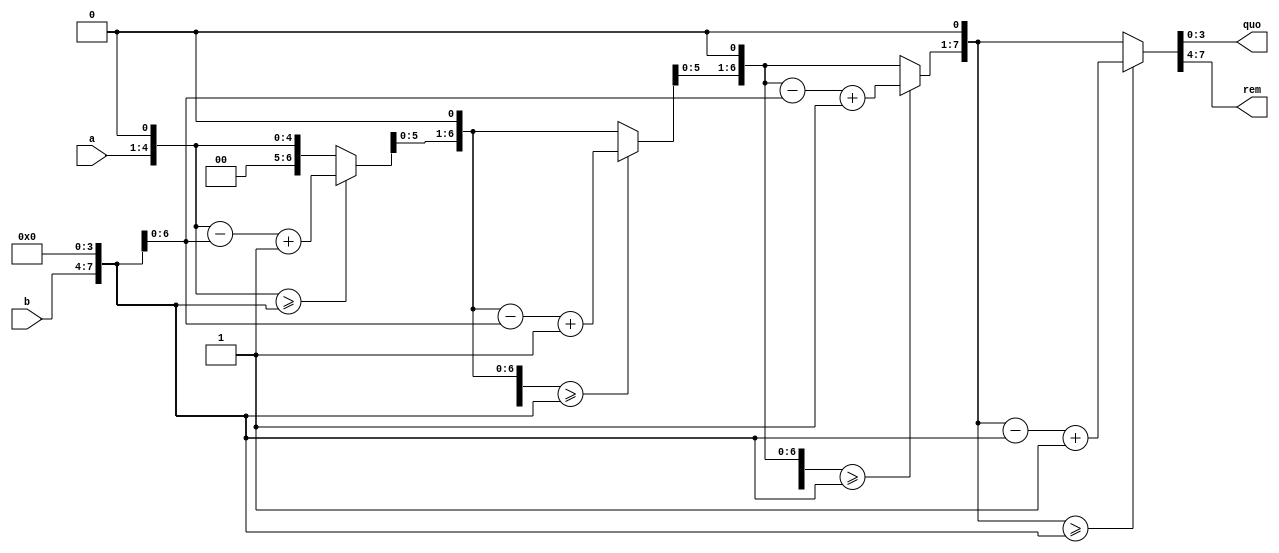
//////////////////////////////////////////////////////////////////////////////////
// Company: 
// 
// Design Name: 
// Module Name: 
// Project Name: 
// Target Devices: EP4CE6F17C8
// Tool Versions: Quartus Prime 18.1
// Description: 
// 
//
// Dependencies: 
// 
// Revision:                       
// Revision 0.01 - File Created by Zping
// Additional Comments:
// 
//////////////////////////////////////////////////////////////////////////////////
module div_rill (
    input   wire [3:0] a,
    input   wire [3:0] b,
    output  wire [3:0] quo,//quotient
    output  wire [3:0] rem//remainder
);
/////////////////////DEFINE Variables/////////////////////////////////////////////
    reg [7:0] tempa;
    reg [7:0] tempb;
/////////////////////PROGRAM AREA/////////////////////////////////////////////////
    integer i;
    always @(*) begin
        tempa = {4'd0,a};
        tempb = {b,4'd0};
        for(i=0;i<4;i=i+1)begin
            tempa={tempa[6:0],1'b0};
            if(tempa>=tempb)
                tempa = tempa-tempb+1'b1;
            else
                tempa = tempa;
        end
    end
    assign rem = tempa[7:4];
    assign quo = tempa[3:0];
endmodule